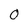
Character: 0